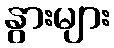
နွားများ